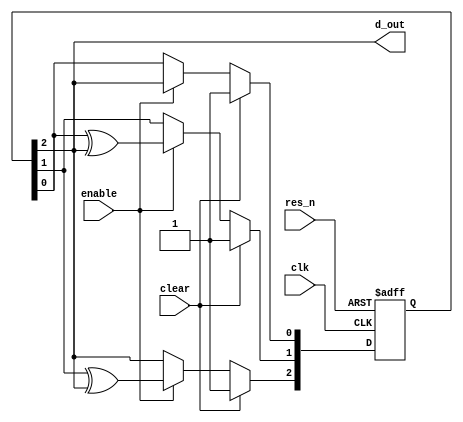
module lfsr #(
    parameter num_reg = 3,
    parameter[63:0] poly =7   
)
(
    input clk,
    input res_n,
    input enable,
    input clear,
    output d_out    
);
	reg[num_reg-1:0] q_reg;
	integer i;
	assign d_out = q_reg[num_reg-1];
	always @(posedge clk,negedge res_n)
	begin
		if(res_n==0)
		begin
			q_reg <= {num_reg{1'b1}};
		end
		else
		begin
			for(i=0;  i< num_reg; i=i+1)
			begin
				if(enable==1)
				begin
					if(i==0 && poly[0]==1)
					begin
						q_reg[0] <= q_reg[num_reg-1]; // highest and lowest bit in poly have to be set
					end 
					else
					begin
						if(poly[i]== 1)
						begin
							q_reg[i] <= q_reg[i-1] ^ q_reg[num_reg-1];		
						end
						else
						begin
							q_reg[i] <= q_reg[i-1];
						end
					end
				end
				if(clear==1)
				begin
					q_reg <= {num_reg{1'b1}};
				end
			end
		end
	end
endmodule